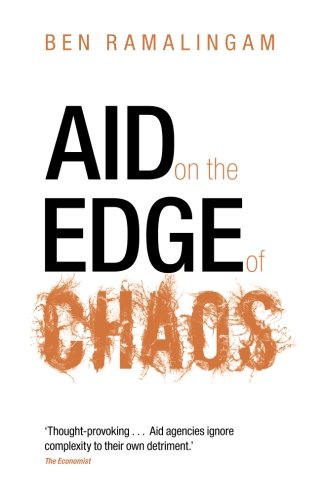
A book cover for Aid on the Edge of Chaos: Rethinking International Cooperation in a Complex World; Ben Ramalingam; Law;